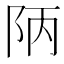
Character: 陃